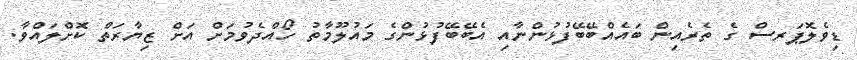
ޑިވެލޮޕަރސް ގެ ތެރެއިން ބައެއްބޭބޭފުޅުންނާއި އެބޭބޭފުޅުންގެ މައުލޫމާތު ހޯއްދެވުމަށް އަށް ޒިޔާރަތް ކޮށްލައްވާ.